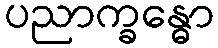
ပညာက္ခန္ဓော